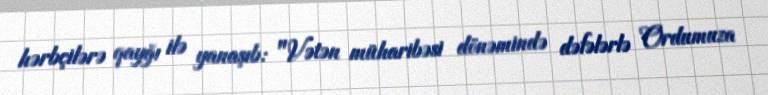
hərbçilərə qayğı ilə yanaşıb: "Vətən müharibəsi dönəmində dəfələrlə Ordumuza